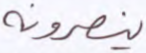
ينصرونه